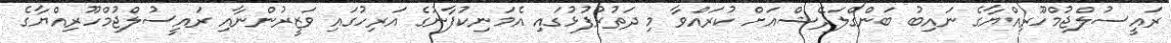
ރައީސުލްޖުމްހޫރިއްޔާގެ ނައިބު ބަންގްލަދޭޝްއަށް ކުރައްވާ މި ދަތުރުފުޅުގައި އެމަނިކުފާނުގެ އަރިހުގައި ވަޒީރުންނާއި ރައީސުލްޖުމްހޫރިއްޔާގެ